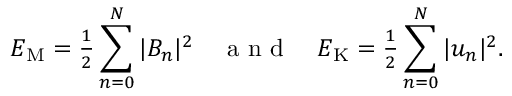
{ \cal E } _ { \mathrm { M } } = { \textstyle { \frac { 1 } { 2 } } } \sum _ { n = 0 } ^ { N } | B _ { n } | ^ { 2 } \quad \mathrm { ~ a ~ n ~ d ~ } \quad { \cal E } _ { \mathrm { K } } = { \textstyle { \frac { 1 } { 2 } } } \sum _ { n = 0 } ^ { N } | u _ { n } | ^ { 2 } .